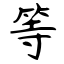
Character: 等